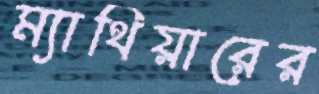
ম্যাথিয়ারের